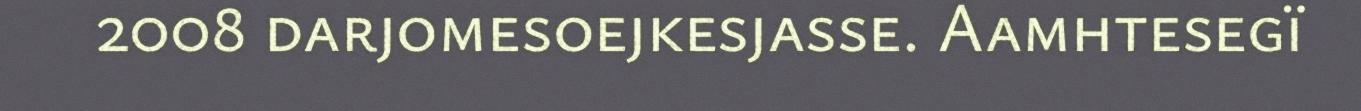
2008 darjomesoejkesjasse. Aamhtesegï